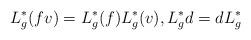
LaTeX: \begin{align*}L^\ast_g(fv)=L^\ast_g(f)L^\ast_g(v), L^\ast_g d=dL^\ast_g\end{align*}